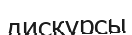
дискурсы